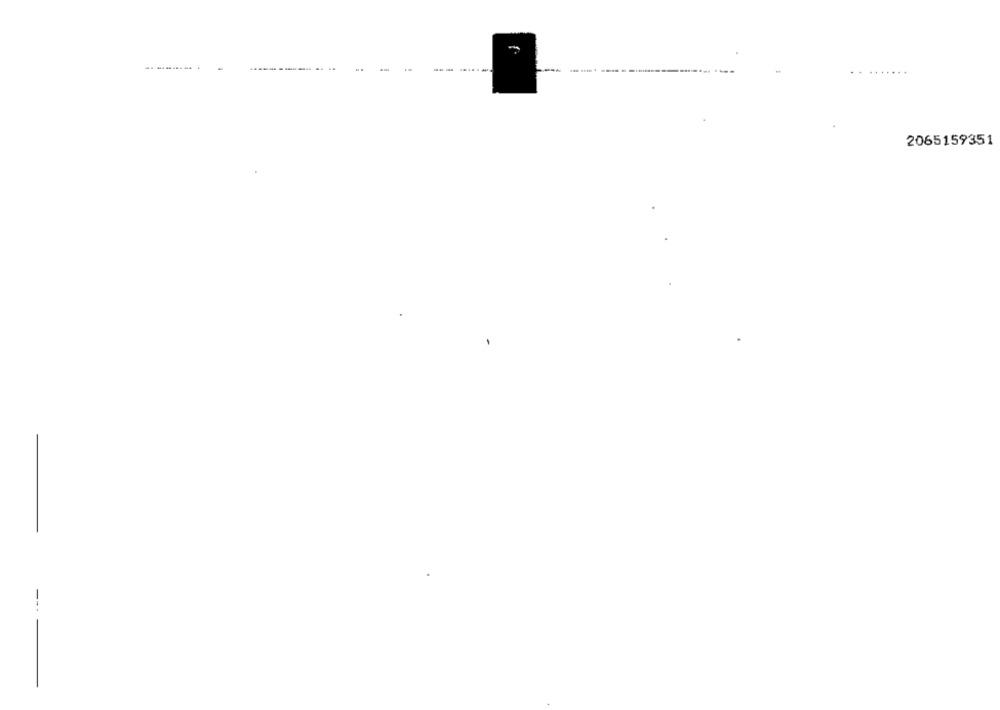
2065159351
---